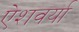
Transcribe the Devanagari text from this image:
ऐशवर्या